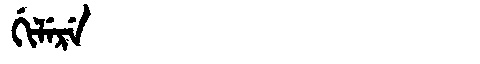
Manchu: ᡤᡳᠯᡝᡵᡝ
Romanization: GILERE